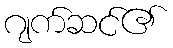
ဂျက်ဆင်၏